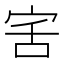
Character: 𭓯